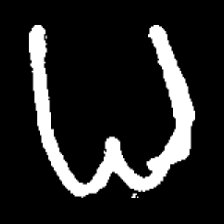
Pyu character \u2014 Myanmar letter: ဓ (romanized: dha)